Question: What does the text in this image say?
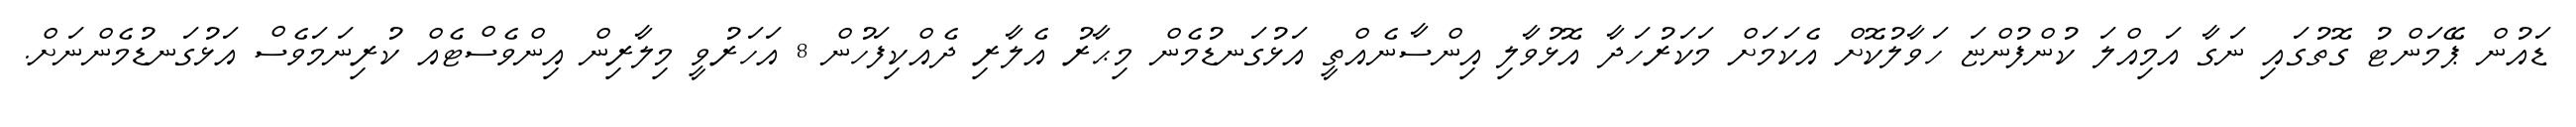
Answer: ޑައުން ޕޭމަންޓު ގޮތުގައި ނަގާ އަމިއްލަ ކުންފުންޏަ ހަވާލުކޮށް އެކަމަށް މަކަރުހަދާ އޮޅުވާލި އިންސާނެއްތީ އަޅުގަނޑުމެން މިޙާރު އެލާރި ދެއްކިފަހުން 8 އަހަރުވީ މިލާރިން އިންވެސްޓެއް ކުރިނަމަވެސް އަޅުގަނޑުމެންނަށް.